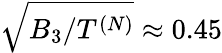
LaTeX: \sqrt{B_{3}/T^{(N)}}\approx 0.45